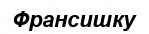
Франсишку